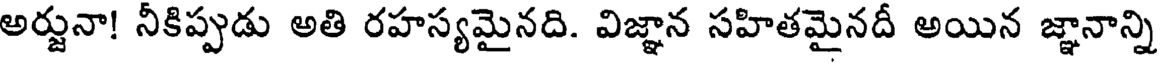
అర్జునా! నీకిప్పుడు అతి రహస్యమైనది. విజ్ఞాన సహితమైనదీ అయిన జ్ఞానాన్ని